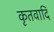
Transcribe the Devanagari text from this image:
कृतवादि